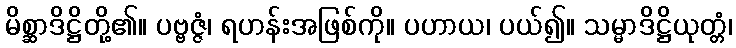
မိစ္ဆာဒိဋ္ဌိတို့၏။ ပဗ္ဗဇ္ဇံ၊ ရဟန်းအဖြစ်ကို။ ပဟာယ၊ ပယ်၍။ သမ္မာဒိဋ္ဌိယုတ္တံ၊